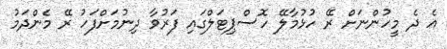
އެ ދެ މީހުންނަށް ރޭ ހުޅުމާލޭ ހޮސްޕިޓަލްގައި ފަރުވާ ދިނުމަށްފަހު ރޭ މެންދަމު